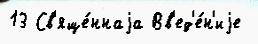
13 Св'яще́ннаjа Вв'ед'е́н'иjе